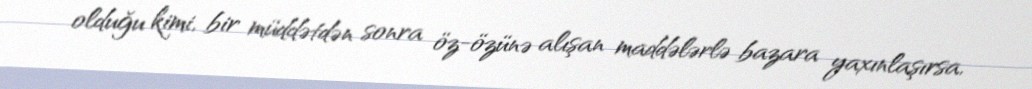
olduğu kimi, bir müddətdən sonra öz-özünə alışan maddələrlə bazara yaxınlaşırsa,